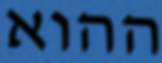
ההוא